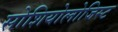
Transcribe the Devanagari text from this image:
सोशियोलोजिस्ट